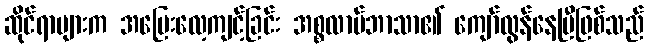
ဆိုင်ရာများက အပြေးလေ့ကျင့်ခြင်း အစ္စလာမ်ဘာသာ၏ ကျော်လွန်နေပြီဖြစ်သည်